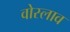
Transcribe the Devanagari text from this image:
वोस्लाव